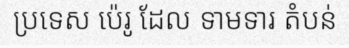
ប្រទេស ប៉េរូ ដែល ទាមទារ តំបន់